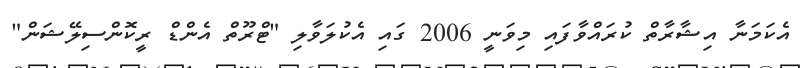
އެކަމަނާ އިޝާރާތް ކުރައްވާފައި މިވަނީ 2006 ގައި އެކުލަވާލި "ޓްރޫތް އެންޑް ރީކޮންސިލޭޝަން"